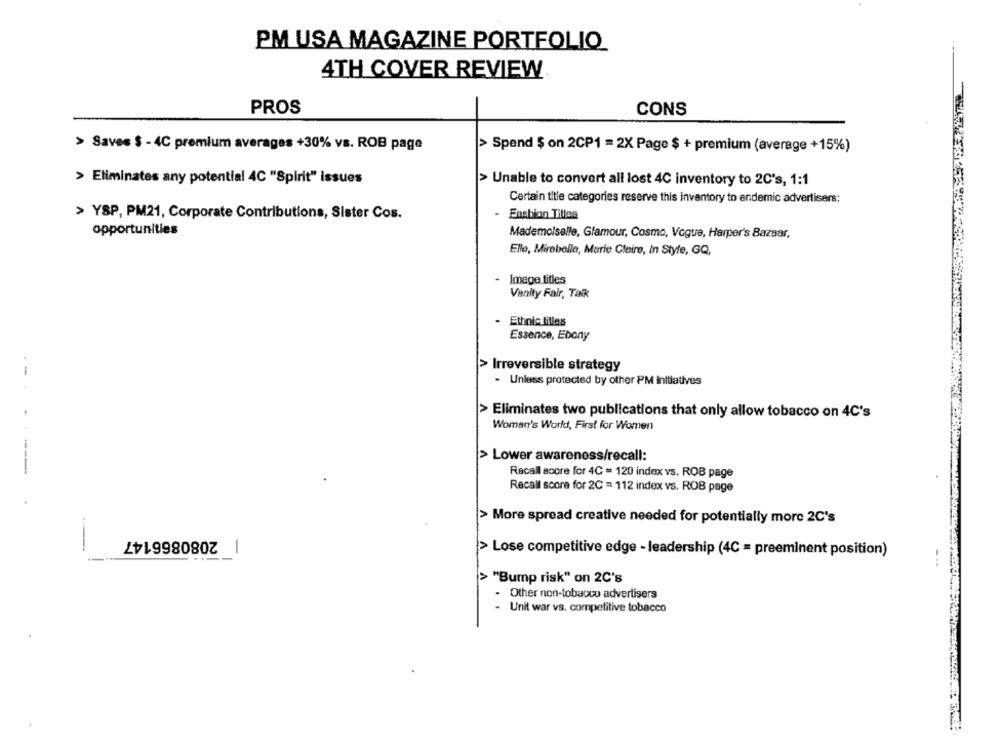
PM USA MAGAZINE PORTFOLIO
4TH COVER REVIEW
PROS
CONS
> Saves $ - 4C premium averages +30% vs. ROB page
> Spend $ on 2CP1 = 2X Page $ + premium (average +15%)
> Eliminates any potential 4C "Spirit" issues
> Unable to convert all lost 4C inventory to 2C's, 1:1
Certain title categories reserve this inventory to endemic advertisers:
> YSP, PM21, Corporate Contributions, Sister Cos.
Fashion Titles
opportunities
Mademoiselle, Glamour, Cosmo, Vogue, Harper's Bazaar,
Elle, Mirabelle, Marie Claire, In Style, GQ,
Image titles
Vanity Fair, Talk
Ethnic tilles
Essence, Ebony
> Irreversible strategy
. -
- Unless protected by other PM initiatives
> Eliminates two publications that only allow tobacco on 4C's
Woman's World, First for Women
> Lower awareness/recall:
--
Recall score for 4C = 120 index vs. ROB page
Recall score for 2C = 112 index vs. ROB page
> More spread creative needed for potentially more 2C's
2080866147
> Lose competitive edge - leadership (4C = preeminent position)
> "Bump risk" on 2C's
Other non-tobacco advertisers
- Unit war vs. competitive tobacco